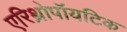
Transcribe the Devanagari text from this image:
एरिथ्रोपॉयटिक